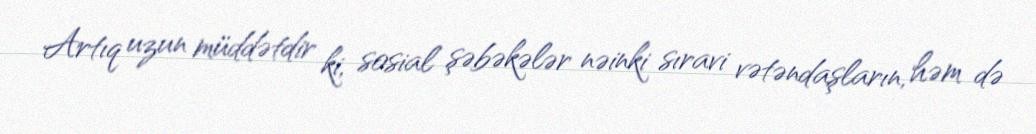
Artıq uzun müddətdir ki, sosial şəbəkələr nəinki sıravi vətəndaşların, həm də